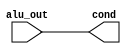
module reserve(
	input wire [3:0] alu_out,
	//input wire set_cond,
	output reg [3:0] cond
    );
	//always @ (posedge set_cond) //might need clock
		//if(set_cond)
			assign cond = alu_out;
		//else
		//	cond <= 4'b1110;
endmodule